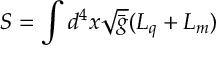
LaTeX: S = \int d ^ { 4 } x \sqrt { \bar { g } } ( { \cal { L } } _ { q } + { \cal { L } } _ { m } )